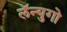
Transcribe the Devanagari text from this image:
लॅन्युगो